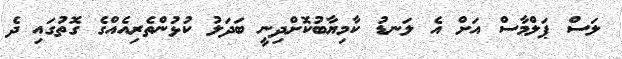
ލަސް ޕަލްމާސް އަށް އެ ލަނޑު ކާމިޔާބުކޮށްދިނީ ބަދަލު ކުޅުންތެރިއެއްގެ ގޮތުގައި ދެ